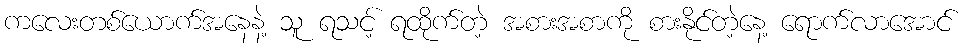
ကလေးတစ်ယောက်အနေနဲ့ သူ ရသင့် ရထိုက်တဲ့ အစားအစာကို စားနိုင်တဲ့နေ့ ရောက်လာအောင်